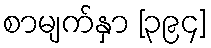
စာမျက်နှာ [၃၉၄]